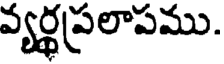
వ్యర్థప్రలాపము.